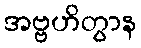
အဗ္ဗဟိတွာန